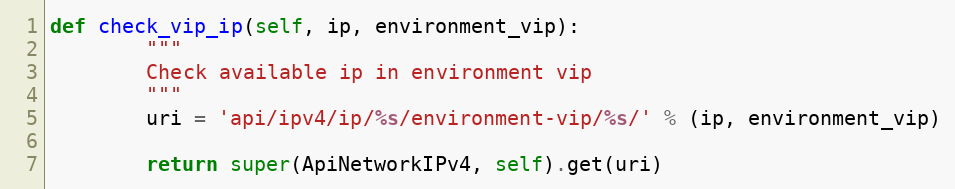
Language: Python
def check_vip_ip(self, ip, environment_vip):
        """
        Check available ip in environment vip
        """
        uri = 'api/ipv4/ip/%s/environment-vip/%s/' % (ip, environment_vip)

        return super(ApiNetworkIPv4, self).get(uri)